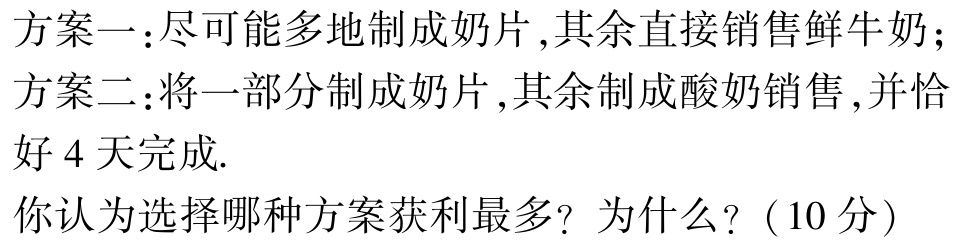
方案一:尽可能多地制成奶片,其余直接销售鲜牛奶;

方案二:将一部分制成奶片,其余制成酸奶销售,并恰

好 4 天完成.

你认为选择哪种方案获利最多? 为什么? (10 分)